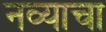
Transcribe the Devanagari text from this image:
नव्याचा